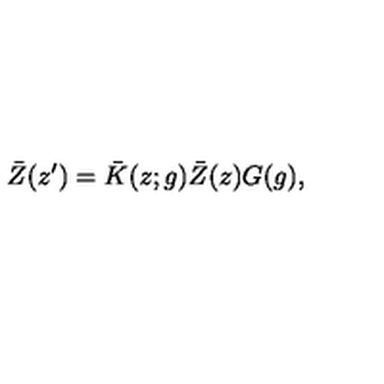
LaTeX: \bar { Z } ( z ^ { \prime } ) = \bar { K } ( z ; g ) \bar { Z } ( z ) G ( g ) ,